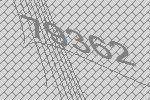
79362